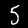
Digit: 5